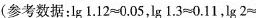
(参考数据：$$\lg 1 . 1 2 ≈ 0 . 0 5$$，$$\lg 1 . 3 ≈ 0 . 1 1$$，$$\lg 2 ≈